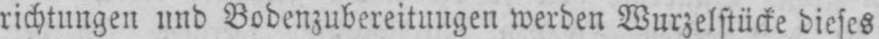
richtungen und Bodenzubereitungen werden Wurzelstücke dieses